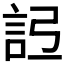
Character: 𧦒